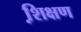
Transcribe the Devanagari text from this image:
शि़क्षण